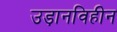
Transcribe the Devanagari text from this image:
उड़ानविहीन